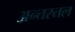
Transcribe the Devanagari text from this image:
अन्तस्तल